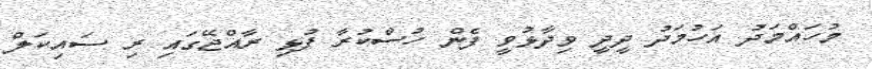
މުހައްމަދު އަހުމަދު ދީދީ ވިދާޅުވީ ފެން ހުސްކުރާ ފުޅި ރާއްޖޭގައި ރި ސައިކަލް